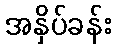
အနှိပ်ခန်း